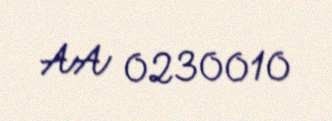
AA 0230010